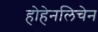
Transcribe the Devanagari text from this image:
होहेनलिचेन